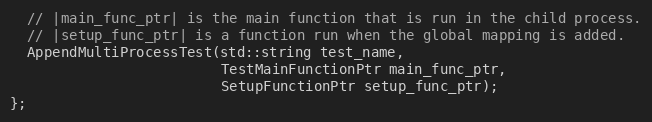
Language: C
  // |main_func_ptr| is the main function that is run in the child process.
  // |setup_func_ptr| is a function run when the global mapping is added.
  AppendMultiProcessTest(std::string test_name,
                         TestMainFunctionPtr main_func_ptr,
                         SetupFunctionPtr setup_func_ptr);
};